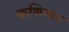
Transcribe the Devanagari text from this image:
कणिग्यन